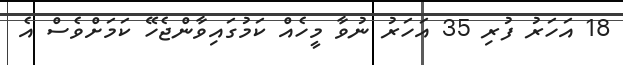
18 އަހަރު ފުރި 35 އަހަރު ނުވާ މީހެއް ކަމުގައިވާންޖެހޭ ކަމަށްވެސް އެ